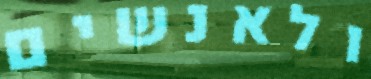
ולאנשים